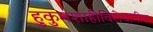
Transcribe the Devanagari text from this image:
हुकुमशाहीविरोधातील